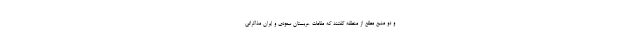
و دو منبع مطلع از منطقه گفتند که مقامات عربستان سعودی و ایران مذاکراتی